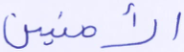
الآمنين